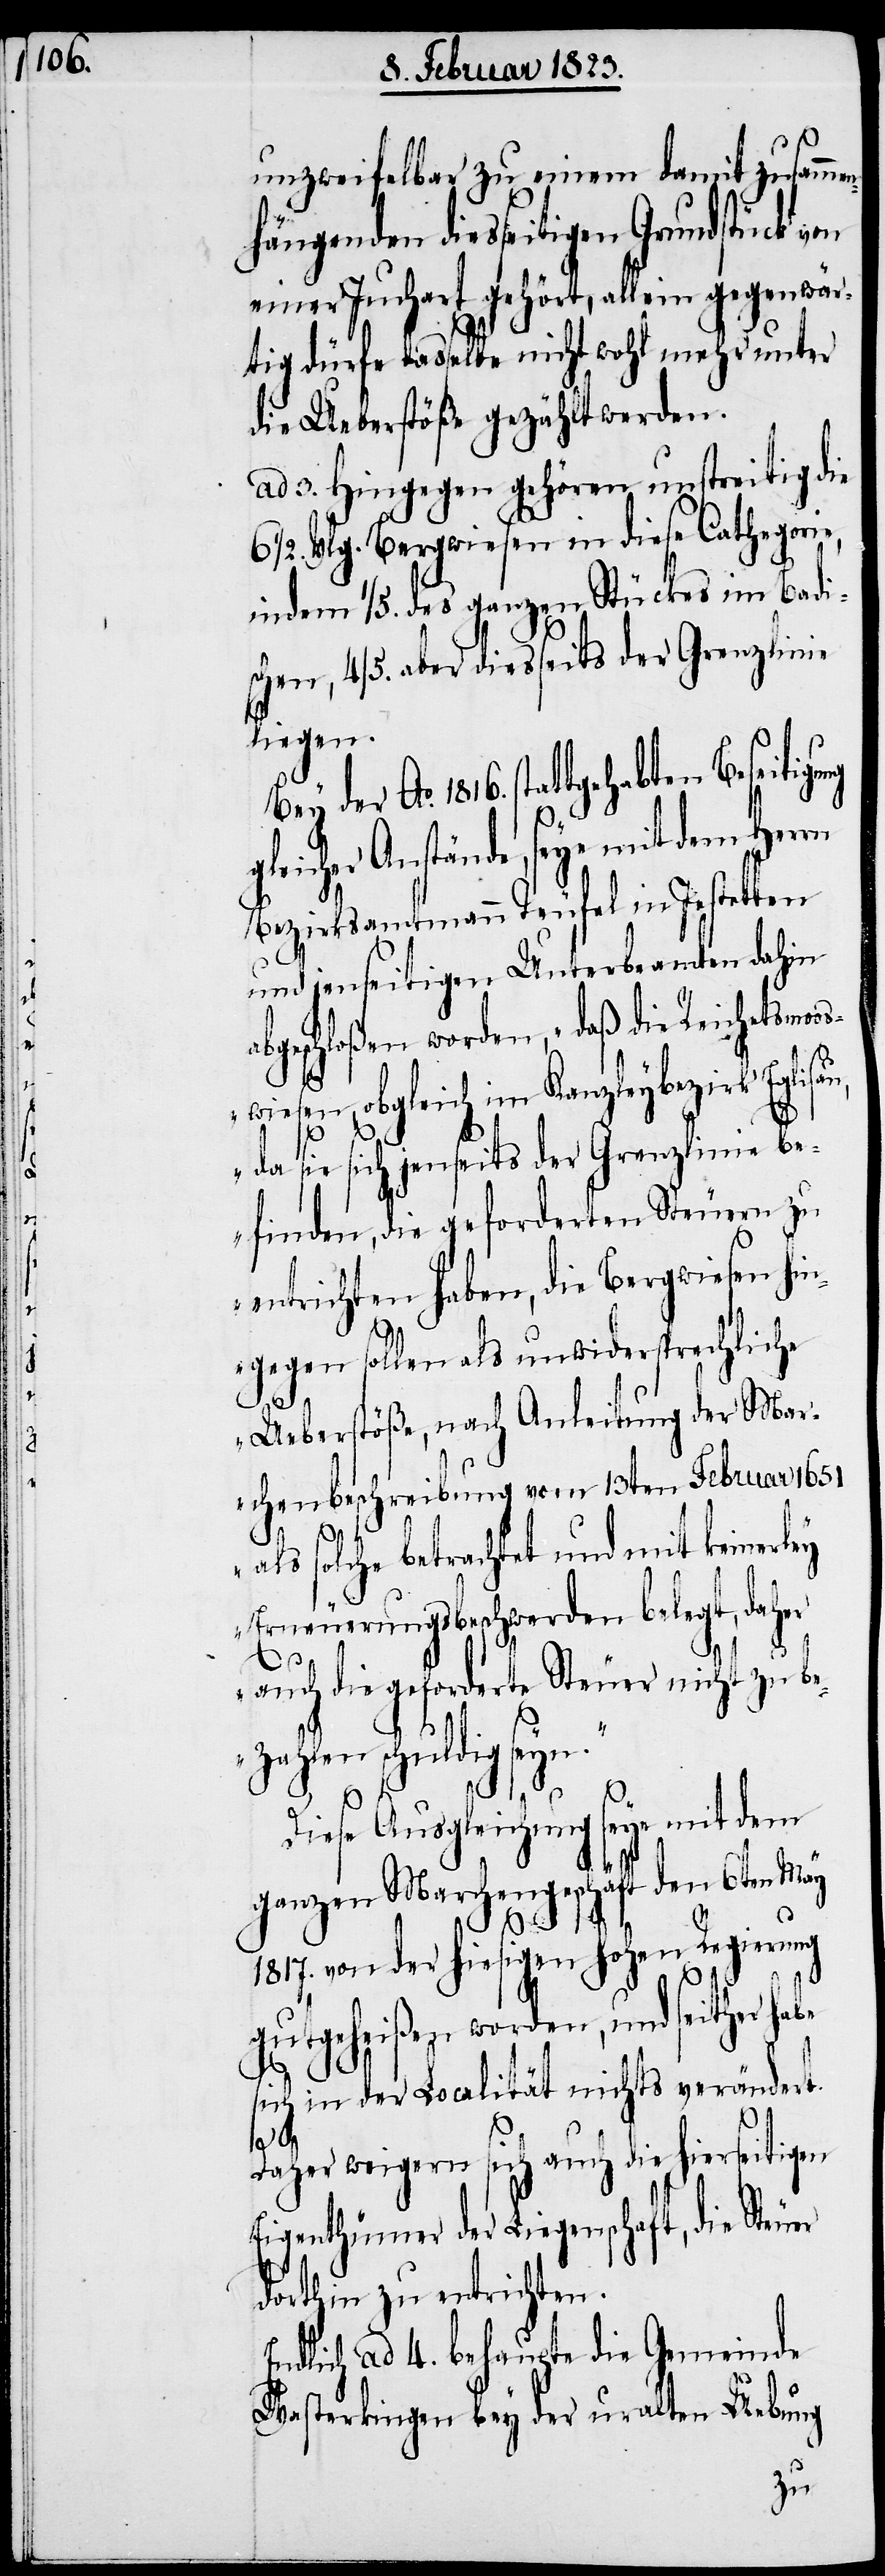
unzweifelbar zu einem damit zusamm¬
hängenden diesseitigen Grundstück
einer Juchart gehört, allein gegenwär¬
tig dürfe dasselbe nicht wohl mehr unter
die Ueberstöße gezählt werden.
ad 3. Hingegen gehören unstreitig die
1/2. Vlg. Bergwiesen in diese Cathegorie,
indem 1/5. des ganzen Stückes im Badi¬
chen, 4/5. aber diesseits der Grenzlinie
liegen.
der Ao. 1816. stattgehabten Beseitigu¬
icher Anstände, seye mit dem Her¬
Bezirksamtmann Teufel in Jestetten
und jenseitigen Unterbeamten dahin
abgeschloßen worden, „daß die Reichetsmoos¬
wiesen, obgleich im Kanzleybezirk Eglisau,
s¬
da sie sich jenseits der Grenzlinie be¬
finden, die geforderten Steuern zu
entrichten haben, die Bergwiesen hi¬
ngegen sollen als unwidersprechliche
Ueberstöße, nach Anleitung der Mar¬
chenbeschreibung vom 13ten Februar 1651
als solche betrachtet und mit keinerley
Erneuerungsbeschwerden belegt, daher
auch die geforderte Steuer nicht zu be¬
zahlen schuldig sey¬
Diese Ausgleichung seye mit dem
ganzen Marchengeschäft den 6ten May
1817. von der hiesigen hohen Regierung
n.“
gutgeheißen worden, und seither habe
sich in der Localität nichts verändert.
ng gle¬
Daher weigern sich auch die hierseitigen
Eigenthümer der Liegenschaft, die
dorthin zu entrichten.
Endlich ad 4. behaupte die Gemeinde
Wasterkingen bey der uralten Uebung